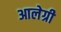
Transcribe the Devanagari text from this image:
आलेग्री